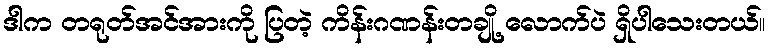
ဒါက တရုတ်အင်အားကို ပြတဲ့ ကိန်းဂဏန်းတချို့ လောက်ပဲ ရှိပါသေးတယ်။